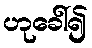
ဟုခေါ်၍